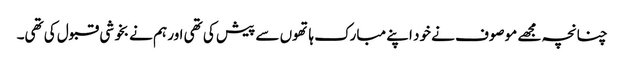
چنانچہ مجھے موصوف نے خود اپنے مبارک ہاتھوں سے پیش کی تھی اور ہم نے بخوشی قبول کی تھی۔